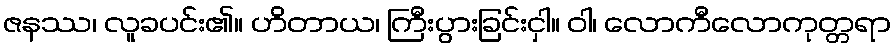
ဇနဿ၊ လူခပင်း၏။ ဟိတာယ၊ ကြီးပွားခြင်းငှါ။ ဝါ၊ လောကီလောကုတ္တရာ